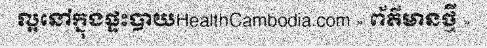
ល្អនៅក្នុងផ្ទះបាយHealthCambodia.com » ព័ត៌មានថ្មី »